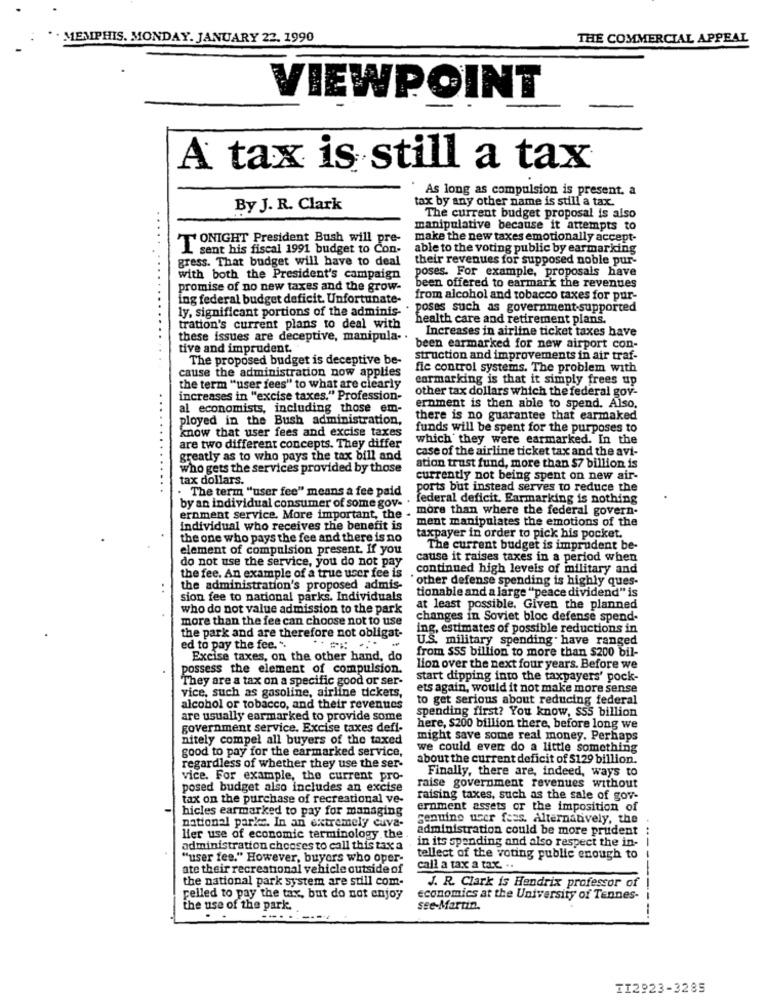
MEMPHIS. MONDAY. JANUARY 22. 1990
THE COMMERCIAL APPEAL
VIEWPOINT
A tax is still a tax
As long as compulsion is present. a
tax by any other name is still a tax.
By J. R. Clark
The current budget proposal is also
manipulative because it attempts to
TONIGHT President Bush will pre-
make the new taxes emotionally accept-
I sent his fiscal 1991 budget to Con-
able to the voting public by earmarking
gress. That budget will have to deal
their revenues for supposed noble pur-
poses. For example, proposals have
with both the President's campaign
promise of no new taxes and the grow-
been offered to earmark the revenues
ing federal budget deficit. Unfortunate-
from alcohol and tobacco taxes for pur-
ly, significant portions of the adminis-
poses such as government-supported
health care and retirement plans.
tration's current plans to deal with
these issues are deceptive, manipula-
Increases in airline ticket taxes have
tive and imprudent.
been earmarked for new airport con-
The proposed budget is deceptive be-
struction and improvements in air traf-
cause the administration now applies
fic control systems. The problem with
cormarking is that it simply frees up
the term "user fees" to what are clearly
other tax dollars which the federal gov-
increases in "excise taxes." Profession-
al economists, including those em-
ernment is then able to spend. Also,
ployed in the Bush administration,
there is no guarantee that earmaked
know that user fees and excise taxes
funds will be spent for the purposes to
which they were earmarked. In the
are two different concepts. They differ
case of the airline ticket tax and the avi-
greatly as to who pays the tax bill and
who gets the services provided by those
ation trust fund, more than $7 billion is
tax dollars.
currently not being spent on new air-
. The term "user fee" means a fee paid
ports but instead serves to reduce the
federal deficit Earmarking is nothing
ernment service. More important, the . more than where the federal govern-
by an individual consumer of some gov-
individual who receives the benefit is
ment manipulates the emotions of the
the one who pays the fee and there is no
taxpayer in order to pick his pocket.
element of compulsion present. If you
The current budget is imprudent be-
do not use the service, you do not pay
cause it raises taxes in a period when
continued high levels of military and
the fee. An example of a true user fee is
`other defense spending is highly ques-
..
the administration's proposed admis-
tionable and a large "peace dividend" is
sion fee to national parks. Individuals
who do not value admission to the park
at least possible. Given the planned
more than the fee can choose not to use
changes in Soviet bloc defense spend-
ing, estimates of possible reductions in
the park and are therefore not obligat-
U.S. military spending have ranged
ed to pay the fee. ".
from SSS billion to more than $200 bil-
Excise taxes, on the other hand, do
possess the element of compulsion.
lion over the next four years. Before we
They are a tax on a specific good or ser-
start dipping into the taxpayers' pock-
vice, such as gasoline, airline tickets,
ets again, would it not make more sense
to get serious about reducing federal
alcohol or tobacco, and their revenues
spending first? You know, SS5 billion
are usually earmarked to provide some
government service. Excise taxes defi-
here, $200 billion there, before long we
nitely compel all buyers of the taxed
might save some real money. Perhaps
we could even do a little something
good to pay for the earmarked service,
about the current deficit of $129 billion.
regardless of whether they use the ser-
Finally, there are, indeed, ways to
vice. For example, the current pro-
posed budget also includes an excise
raise government revenues without
tax on the purchase of recreational ve-
raising taxes, such as the sale of gov-
hicles earmarked to pay for managing
ernment assets or the imposition of
genuino user fees. Alternatively, the
national park. In an extremely cuva-
administration could be more prudent
lier use of economic terminology the
administration chooses to call this tax a
in its spending and also respect the in-
"user fee." However, buyers who oper-
tellect of the voting public enough to
ate their recreational vehicle outside of
call a tax a tax. ..
the national park system are still com-
J. R. Clark is Hendrix professor of
------
pelled to pay the tax, but do not enjoy
economics at the University of Tennes-
the use of the park.
see-Martin.
TI2923-3285